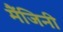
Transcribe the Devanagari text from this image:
मैंजिनी